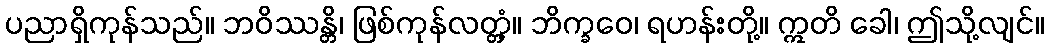
ပညာရှိကုန်သည်။ ဘဝိဿန္တိ၊ ဖြစ်ကုန်လတ္တံ့။ ဘိက္ခဝေ၊ ရဟန်းတို့။ ဣတိ ခေါ၊ ဤသို့လျင်။